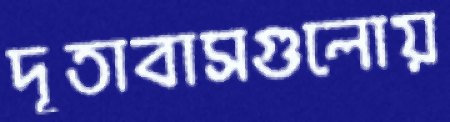
দূতাবাসগুলোয়